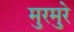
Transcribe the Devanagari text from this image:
मुरमुरे